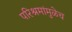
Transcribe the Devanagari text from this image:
परिश्रमांमुळेच